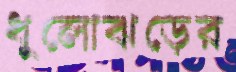
ধুলোঝড়ের